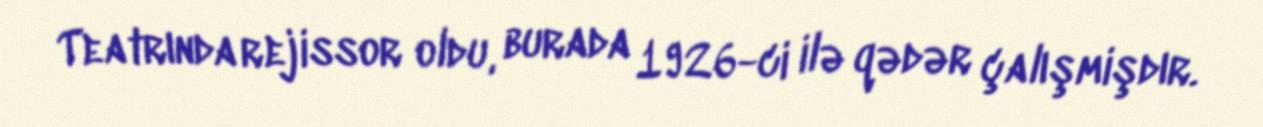
Teatrında rejissor oldu, burada 1926-ci ilə qədər çalışmişdır.